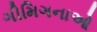
ગીમિગનાઓ